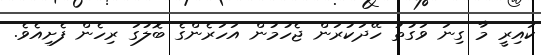
ކައިރީ މާ ގިނަ ވަގުތު ހޭދަކުރަން ޖެހުމުން އަހަރެންގެ ބޮލުގަ ރިހެން ފެށިއެވެ.